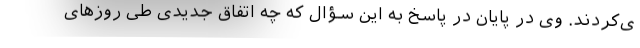
ی‌کردند. وی در پایان در پاسخ به این سؤال که چه اتفاق جدیدی طی روزهای